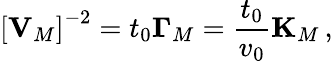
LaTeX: \left[{\mathbf V}_{M}\right]^{-2}=t_{0}{\mathbf\Gamma}_{M}=\frac{t_{0}}{v_{0}}{\mathbf K}_{M}\, ,